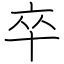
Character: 卒